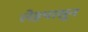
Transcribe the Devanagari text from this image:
लेहपासून